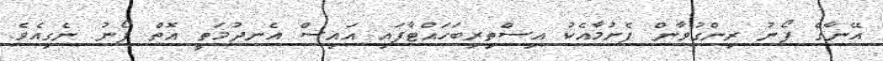
އޭނާގެ ފޯނު ރިންގުވާން ފެށުމާއެކު އިސްތިރިބަހައްޓާފައި އައިސް އެނދުމަތީ އޮތް ފޯނު ނެގިއެވެ.